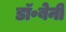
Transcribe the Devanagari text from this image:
डॉ॰बेनी